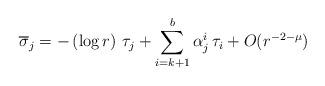
LaTeX: \begin{align*}\overline{\sigma}_j = -\left(\log{r}\right)\,\tau_j + \sum_{i=k+1}^{b}{\alpha^i_j\, \tau_i} +O(r^{-2-\mu})\end{align*}